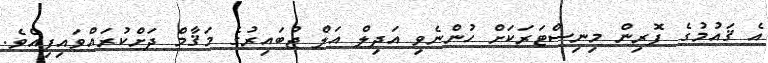
އެ ޤައުމުގެ ފޮރިން މިނިސްޓަރަކަށް ހުންނެވި އަދިލް އަލް ޖުބައިރުގެ މަޤާމް ދަށްކުރައްވައިފިއެވެ.